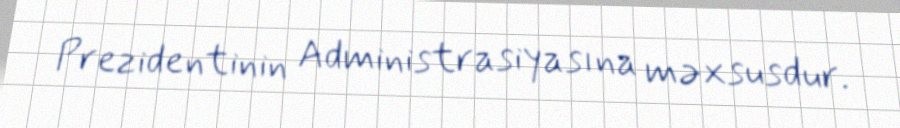
Prezidentinin Administrasiyasına məxsusdur.